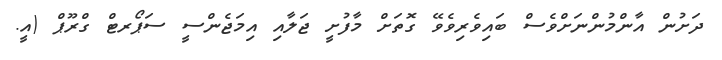
ދަށުން އާންމުންނަށްވެސް ބައިވެރިވެވޭ ގޮތަށް މާފުށީ ޖަލާއި އިމަޖެންސީ ސަޕޯރޓް ގްރޫޕް (އީ.